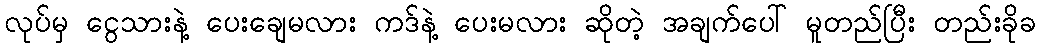
လုပ်မှ ငွေသားနဲ့ ပေးချေမလား ကဒ်နဲ့ ပေးမလား ဆိုတဲ့ အချက်ပေါ် မူတည်ပြီး တည်းခိုခ